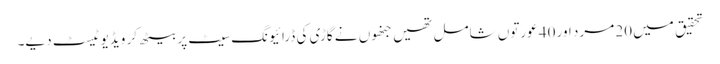
تحقیق میں 20 مرد اور 40 عورتوں شامل تھیں جنھوں نے گاڑی کی ڈرائیونگ سیٹ پر بیٹھ کر ویڈیو ٹیسٹ دیے۔